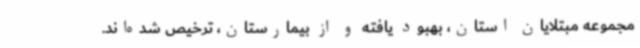
مجموعه مبتلایان استان، بهبود یافته و از بیمارستان، ترخیص شده‌اند.